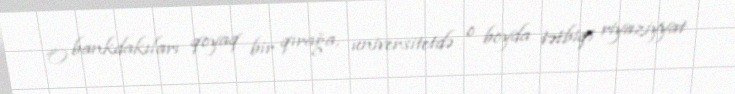
O bankdakıları qoyaq bir qırağa, universitetdə o boyda tətbiqi riyaziyyat